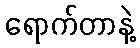
ရောက်တာနဲ့